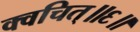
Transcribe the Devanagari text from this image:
क्वचित्॥६॥